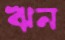
ঋন